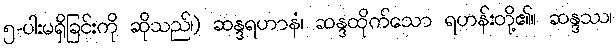
၅-ပါးမရှိခြင်းကို ဆိုသည်၊) ဆန္ဒရဟာနံ၊ ဆန္ဒထိုက်သော ရဟန်းတို့၏။ ဆန္ဒဿ၊